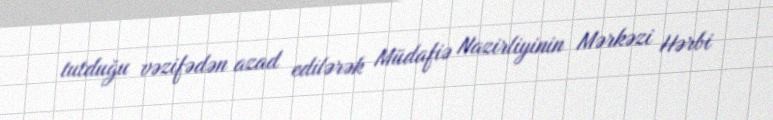
tutduğu vəzifədən azad edilərək Müdafiə Nazirliyinin Mərkəzi Hərbi